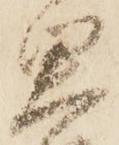
思